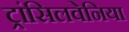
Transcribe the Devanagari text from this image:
ट्रांसिलवेनिया